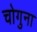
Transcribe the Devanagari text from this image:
चोगुना